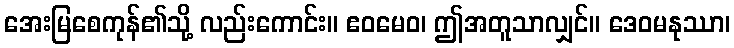
အေးမြစေကုန်၏သို့ လည်းကောင်း။ ဧဝမေဝ၊ ဤအတူသာလျှင်။ ဒေဝမနုဿာ၊